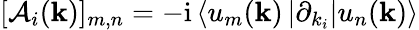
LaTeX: [\mathcal{A}_{i}({\mathbf k})]_{m,n}=-\mathrm{i}\left<u_{m}({\mathbf k})\vphantom{\partial_{k_{i}}}\vphantom{u_{n}({\mathbf k})}\left|\partial_{k_{i}}\vphantom{u_{m}({\mathbf k})}\vphantom{u_{n}({\mathbf k})}\right|u_{n}({\mathbf k})\vphantom{u_{m}({\mathbf k})}\vphantom{\partial_{k_{i}}}\right>